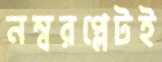
নম্বরপ্লেটই